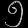
Digit: ၅